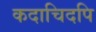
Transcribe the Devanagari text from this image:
कदाचिदपि